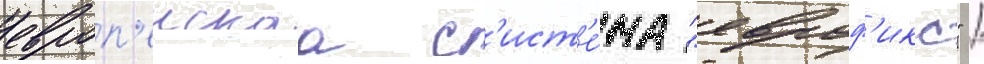
европ'еискаа с'ист'е́ма "евроф'икс" /